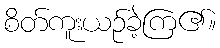
စိတ်ကူးယဉ်ခဲ့ကြ၏။